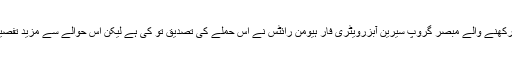
شام کے حالات پر نگاہ رکھنے والے مبصر گروپ سیرین آبزرویٹری فار ہیومن رائٹس نے اس حملے کی تصدیق تو کی ہے لیکن اس حوالے سے مزید تفصیلات فراہم نہیں کی گئیں۔